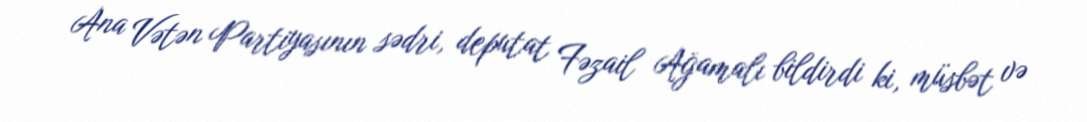
Ana Vətən Partiyasının sədri, deputat Fəzail Ağamalı bildirdi ki, müsbət və